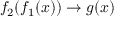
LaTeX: f _ { 2 } ( f _ { 1 } ( x ) ) \rightarrow g ( x )